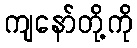
ကျနော်တို့ကို